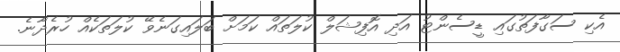
އެކި ސަގާފަތުގައި ޑީސެންޓު އަދި އޮފިޝަލް ކުލަތައް ކަމަށް ބަލައިގަނެވޭ ކުލަތަކެއް ހުރެދާނެ.